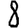
Digit: 8